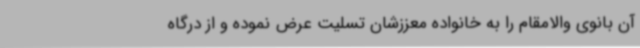
آن بانوی والامقام را به خانواده‌ معززشان تسلیت عرض نموده و از درگاه